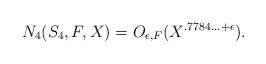
LaTeX: \begin{align*}N_4(S_4,F,X)=O_{\epsilon, F}(X^{.7784\ldots+\epsilon}).\end{align*}